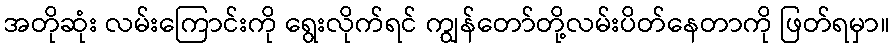
အတိုဆုံး လမ်းကြောင်းကို ရွေးလိုက်ရင် ကျွန်တော်တို့လမ်းပိတ်နေတာကို ဖြတ်ရမှာ။